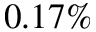
0 . 1 7 \%